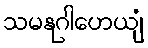
သမနုဂါဟေယျံ